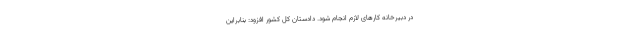
در دبیرخانه کارهای لازم انجام شود. دادستان کل کشور افزود: بنابراین